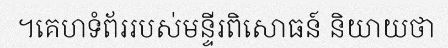
។គេហទំព័ររបស់មន្ទីរពិសោធន៍ និយាយថា